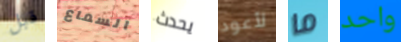
قبل السماع يحدث لأعود ما واحد